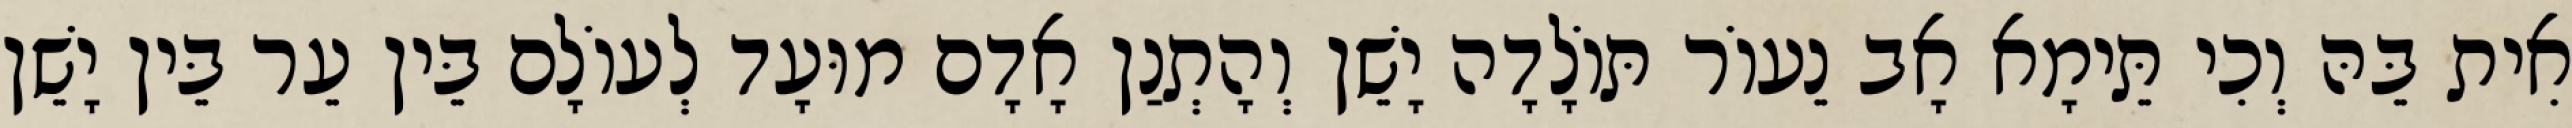
אִית בֵּהּ וְכִי תֵּימָא אָב נֵעוֹר תּוֹלָדָה יָשֵׁן וְהָתְנַן אָדָם מוּעָד לְעוֹלָם בֵּין עֵר בֵּין יָשֵׁן